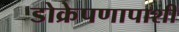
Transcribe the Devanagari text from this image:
डोक्रेपणापाशी